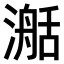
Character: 𣽰